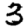
Digit: 3